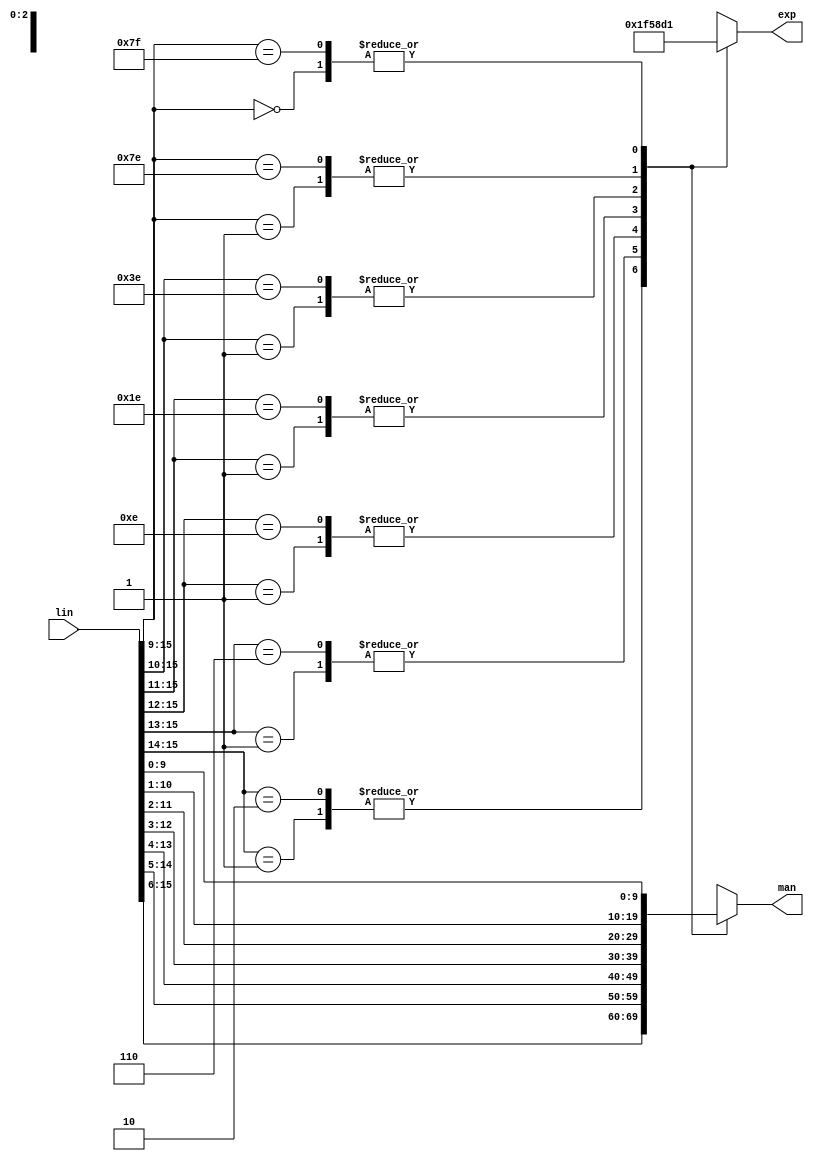
module jt51_lin2exp(
  input      [15:0] lin,
  output reg [9:0] man,
  output reg [2:0] exp
);

always @(*) begin
  casex( lin[15:9] )
    // negative numbers
    7'b10XXXXX: begin
        man = lin[15:6];
        exp = 3'd7;
      end
    7'b110XXXX: begin
        man = lin[14:5];
        exp = 3'd6;
      end
    7'b1110XXX: begin
        man = lin[13:4];
        exp = 3'd5;
      end
    7'b11110XX: begin
        man = lin[12:3];
        exp = 3'd4;
      end
    7'b111110X: begin
        man = lin[11:2];
        exp = 3'd3;
      end
    7'b1111110: begin
        man = lin[10:1];
        exp = 3'd2;
      end
    7'b1111111: begin
        man = lin[ 9:0];
        exp = 3'd1;
      end    
    // positive numbers
    7'b01XXXXX: begin
        man = lin[15:6];
        exp = 3'd7;
      end
    7'b001XXXX: begin
        man = lin[14:5];
        exp = 3'd6;
      end
    7'b0001XXX: begin
        man = lin[13:4];
        exp = 3'd5;
      end
    7'b00001XX: begin
        man = lin[12:3];
        exp = 3'd4;
      end
    7'b000001X: begin
        man = lin[11:2];
        exp = 3'd3;
      end
    7'b0000001: begin
        man = lin[10:1];
        exp = 3'd2;
      end
    7'b0000000: begin
        man = lin[ 9:0];
        exp = 3'd1;
      end
    
    default: begin
        man = lin[9:0];
        exp = 3'd1;
      end
  endcase
end

endmodule